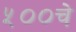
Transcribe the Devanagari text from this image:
५००चे